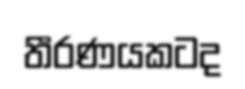
තීරණයකටද